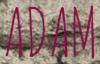
ADAM